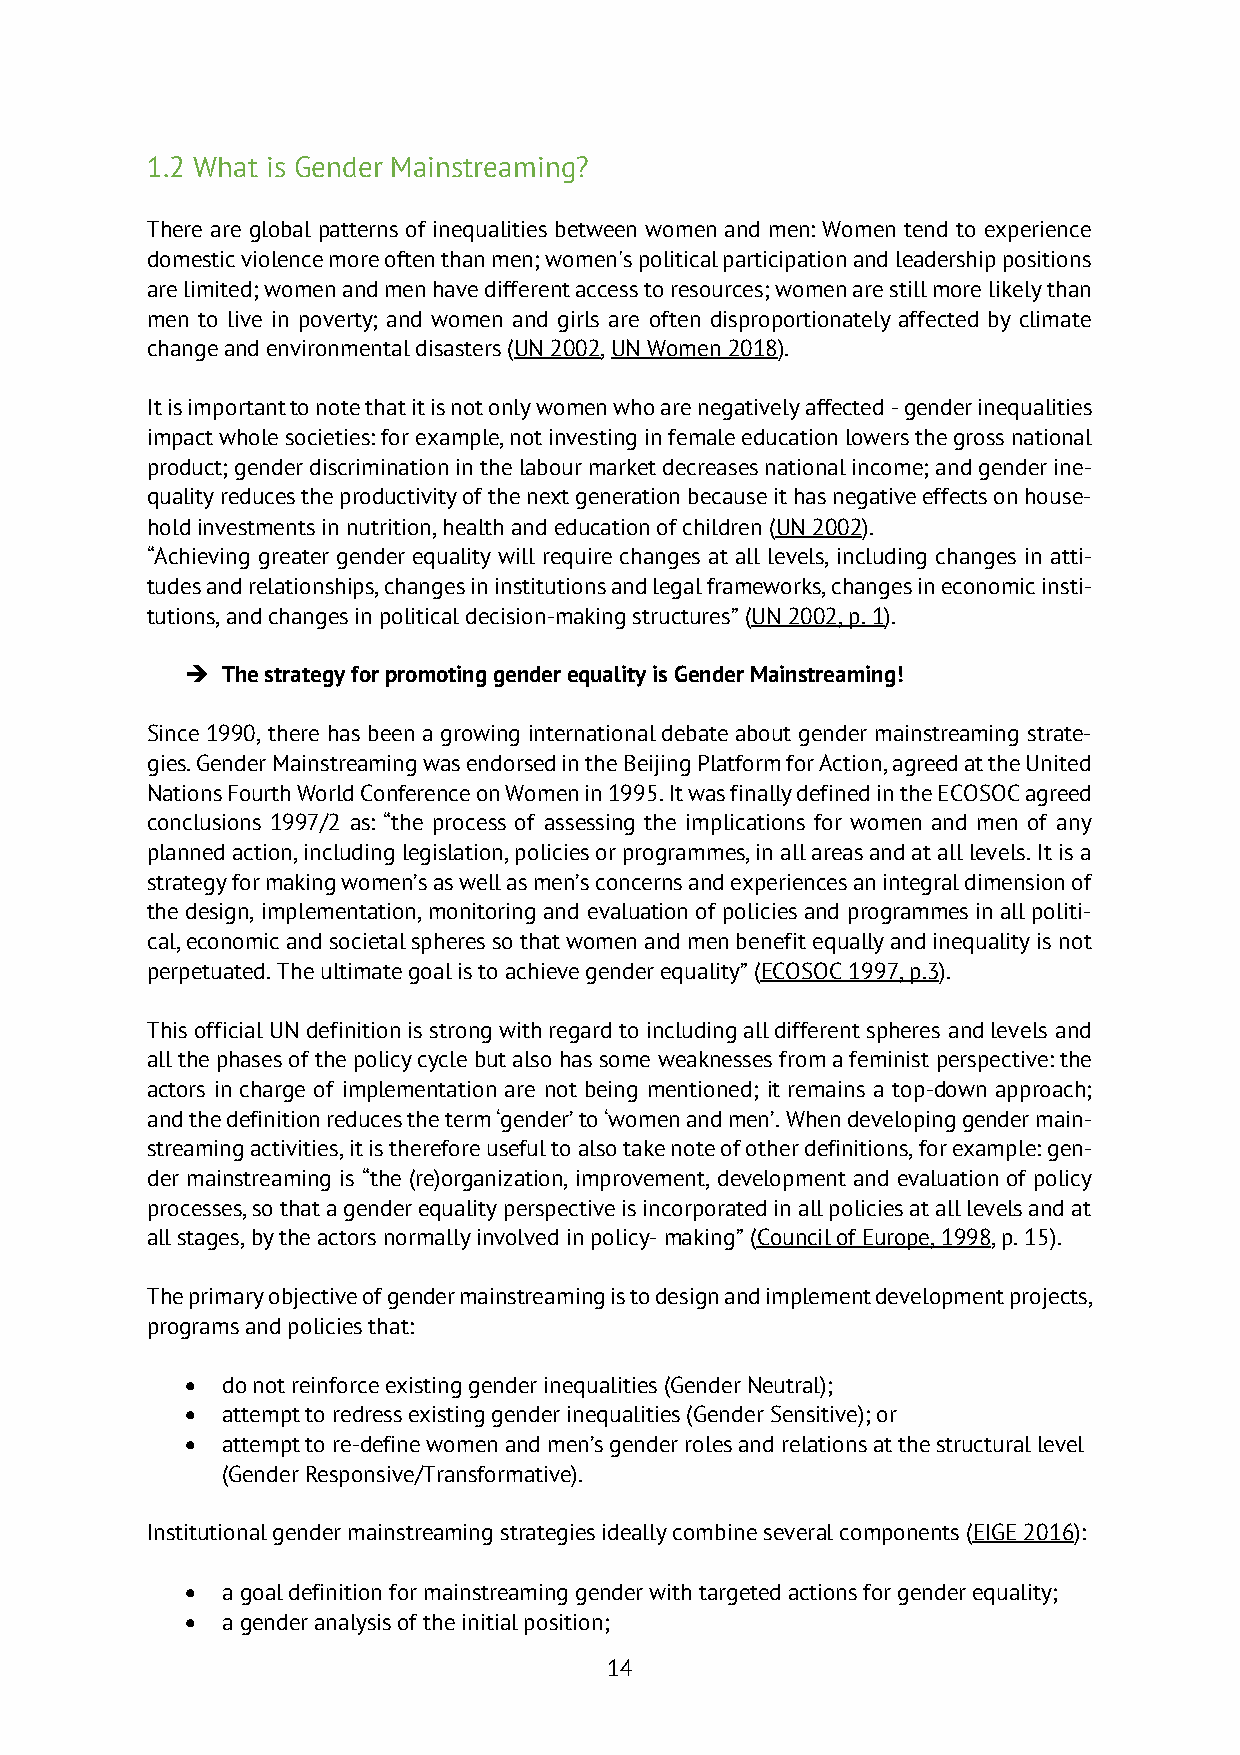
1.2 What is Gender Mainstreaming?
 There are global patterns of inequalities between women and men: Women tend to experience
 domestic violence more often than men; women's political participation and leadership positions
 are limited; women and men have different access to resources; women are still more likely than
 men to live in poverty; and women and girls are often disproportionately affected by climate
 change and environmental disasters (UN 2002, UN Women 2018).
 It is important to note that it is not only women who are negatively affected - gender inequalities
 impact whole societies: for example, not investing in female education lowers the gross national
 product; gender discrimination in the labour market decreases national income; and gender ine-
 quality reduces the productivity of the next generation because it has negative effects on house-
 hold investments in nutrition, health and education of children (UN 2002).
 “Achieving greater gender equality will require changes at all levels, including changes in atti-
 tudes and relationships, changes in institutions and legal frameworks, changes in economic insti-
 tutions, and changes in political decision-making structures” (UN 2002, p. 1).
 è  The strategy for promoting gender equality is Gender Mainstreaming!
 Since 1990, there has been a growing international debate about gender mainstreaming strate-
 gies. Gender Mainstreaming was endorsed in the Beijing Platform for Action, agreed at the United
 Nations Fourth World Conference on Women in 1995. It was finally defined in the ECOSOC agreed
 conclusions 1997/2 as: “the process of assessing the implications for women and men of any
 planned action, including legislation, policies or programmes, in all areas and at all levels. It is a
 strategy for making women’s as well as men’s concerns and experiences an integral dimension of
 the design, implementation, monitoring and evaluation of policies and programmes in all politi-
 cal, economic and societal spheres so that women and men benefit equally and inequality is not
 perpetuated. The ultimate goal is to achieve gender equality” (ECOSOC 1997, p.3).
 This official UN definition is strong with regard to including all different spheres and levels and
 all the phases of the policy cycle but also has some weaknesses from a feminist perspective: the
 actors in charge of implementation are not being mentioned; it remains a top-down approach;
 and the definition reduces the term ‘gender’ to ‘women and men’. When developing gender main-
 streaming activities, it is therefore useful to also take note of other definitions, for example: gen-
 der mainstreaming is “the (re)organization, improvement, development and evaluation of policy
 processes, so that a gender equality perspective is incorporated in all policies at all levels and at
 all stages, by the actors normally involved in policy- making” (Council of Europe, 1998, p. 15).
 The primary objective of gender mainstreaming is to design and implement development projects,
 programs and policies that:
 •  do not reinforce existing gender inequalities (Gender Neutral);
 •  attempt to redress existing gender inequalities (Gender Sensitive); or
 •  attempt to re-define women and men’s gender roles and relations at the structural level
 (Gender Responsive/Transformative).
 Institutional gender mainstreaming strategies ideally combine several components (EIGE 2016):
 •  a goal definition for mainstreaming gender with targeted actions for gender equality;
 •  a gender analysis of the initial position;
 14